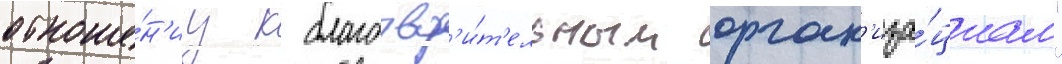
отноше́н'иу к благотвор'и́т'ельным орган'иза́циам"